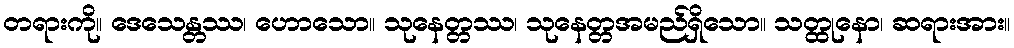
တရားကို။ ဒေသေန္တဿ၊ ဟောသော။ သုနေတ္တဿ၊ သုနေတ္တအမည်ရှိသော။ သတ္ထုနော၊ ဆရားအား။